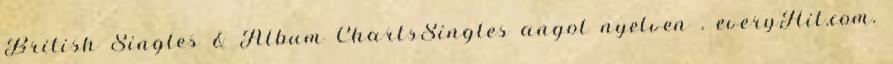
British Singles & Album ChartsSingles angol nyelven . everyHit.com.